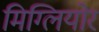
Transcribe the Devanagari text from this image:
मिग्लियोर